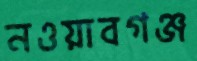
নওয়াবগঞ্জ